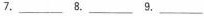
7.\underline 8.\underline 9.\underline